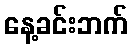
နေ့ခင်းဘက်